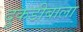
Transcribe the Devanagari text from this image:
दुकडीबाला